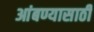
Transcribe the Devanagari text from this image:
आंबण्यासाठी